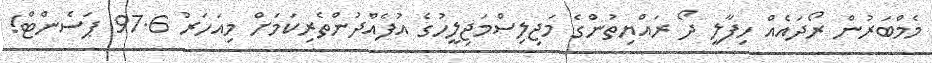
މެމްބަރުން ރޯދައެއް ހިފާލީ ދޯ ރައްޔިތުންގެ މަޖިލިސްމަޖިލީހުގެ އުފެއްދުންތެރިކަމަށް މިއަހަރު 97.6 ޕަސެންޓް!